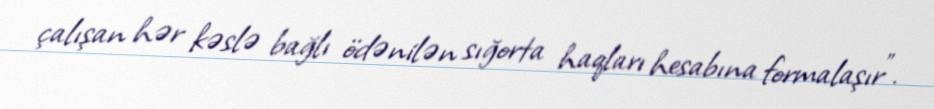
çalışan hər kəslə bağlı ödənilən sığorta haqları hesabına formalaşır”.